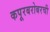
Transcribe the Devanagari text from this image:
कपूरबरोबरची